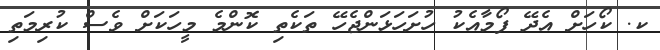
ކ. ކޯހަށް އެދޭ ފޯމާއެކު ހުށަހަޅަންޖެހޭ ތަކެތި ކޮންމެ މީހަކަށް ވެސް ކުރިމަތި